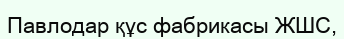
Павлодар құс фабрикасы ЖШС,